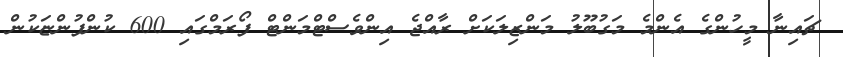
ޗައިނާ މީހުންގެ އެންމެ މަގުބޫލު މަންޒިލަކަށް ރާއްޖެ އިންވެސްޓްމަންޓް ފޯރަމްގައި 600 ކުންފުންޏަކުން